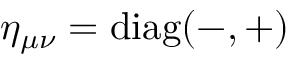
\eta _ { \mu \nu } = \mathrm { d i a g ( - , + ) }